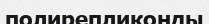
полирепликонды